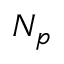
N _ { p }